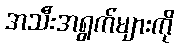
အသီးအရွက်များကို